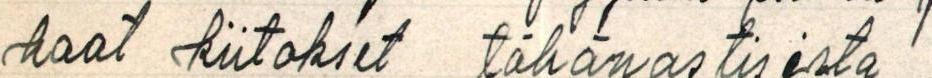
haat kiitokset tähänastisesta